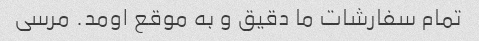
تمام سفارشات ما دقیق و به موقع اومد. مرسی